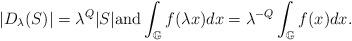
LaTeX: \begin{align*}|D_{\lambda}(S)|=\lambda^{Q}|S| {\rm and}\int_{\mathbb{G}}f(\lambda x)dx=\lambda^{-Q}\int_{\mathbb{G}}f(x)dx.\end{align*}